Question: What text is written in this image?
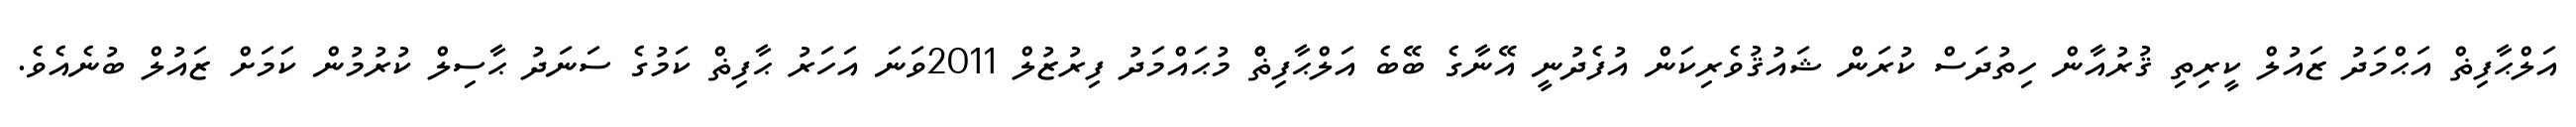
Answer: އަލްޙާފިޡް އަޙްމަދު ޒައުލް ކީރިތި ޤުރުއާން ހިތުދަސް ކުރަން ޝައުޤުވެރިކަން އުފެދުނީ އޭނާގެ ބޭބެ އަލްޙާފިޡްް މުޙައްމަދު ފިރުޒުލް 2011ވަނަ އަހަރު ޙާފިޡް ކަމުގެ ސަނަދު ޙާސިލް ކުރުމުން ކަމަށް ޒައުލް ބުނެއެވެ.